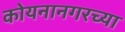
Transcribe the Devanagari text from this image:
कोयनानगरच्या